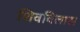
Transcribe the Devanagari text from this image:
शिवविलास